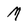
Character: M